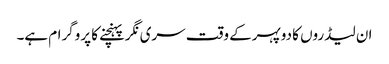
ان لیڈروں کا دوپہرکے وقت سری نگرپہنچنے کا پروگرام ہے۔